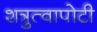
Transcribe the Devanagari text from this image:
शत्रुत्वापोटी